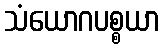
သံယောဂပစ္စယာ